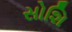
સોશિ